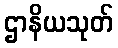
ဌာနိယသုတ်